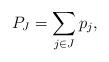
LaTeX: \begin{align*} P_J = \sum_{j \in J} p_j, \end{align*}